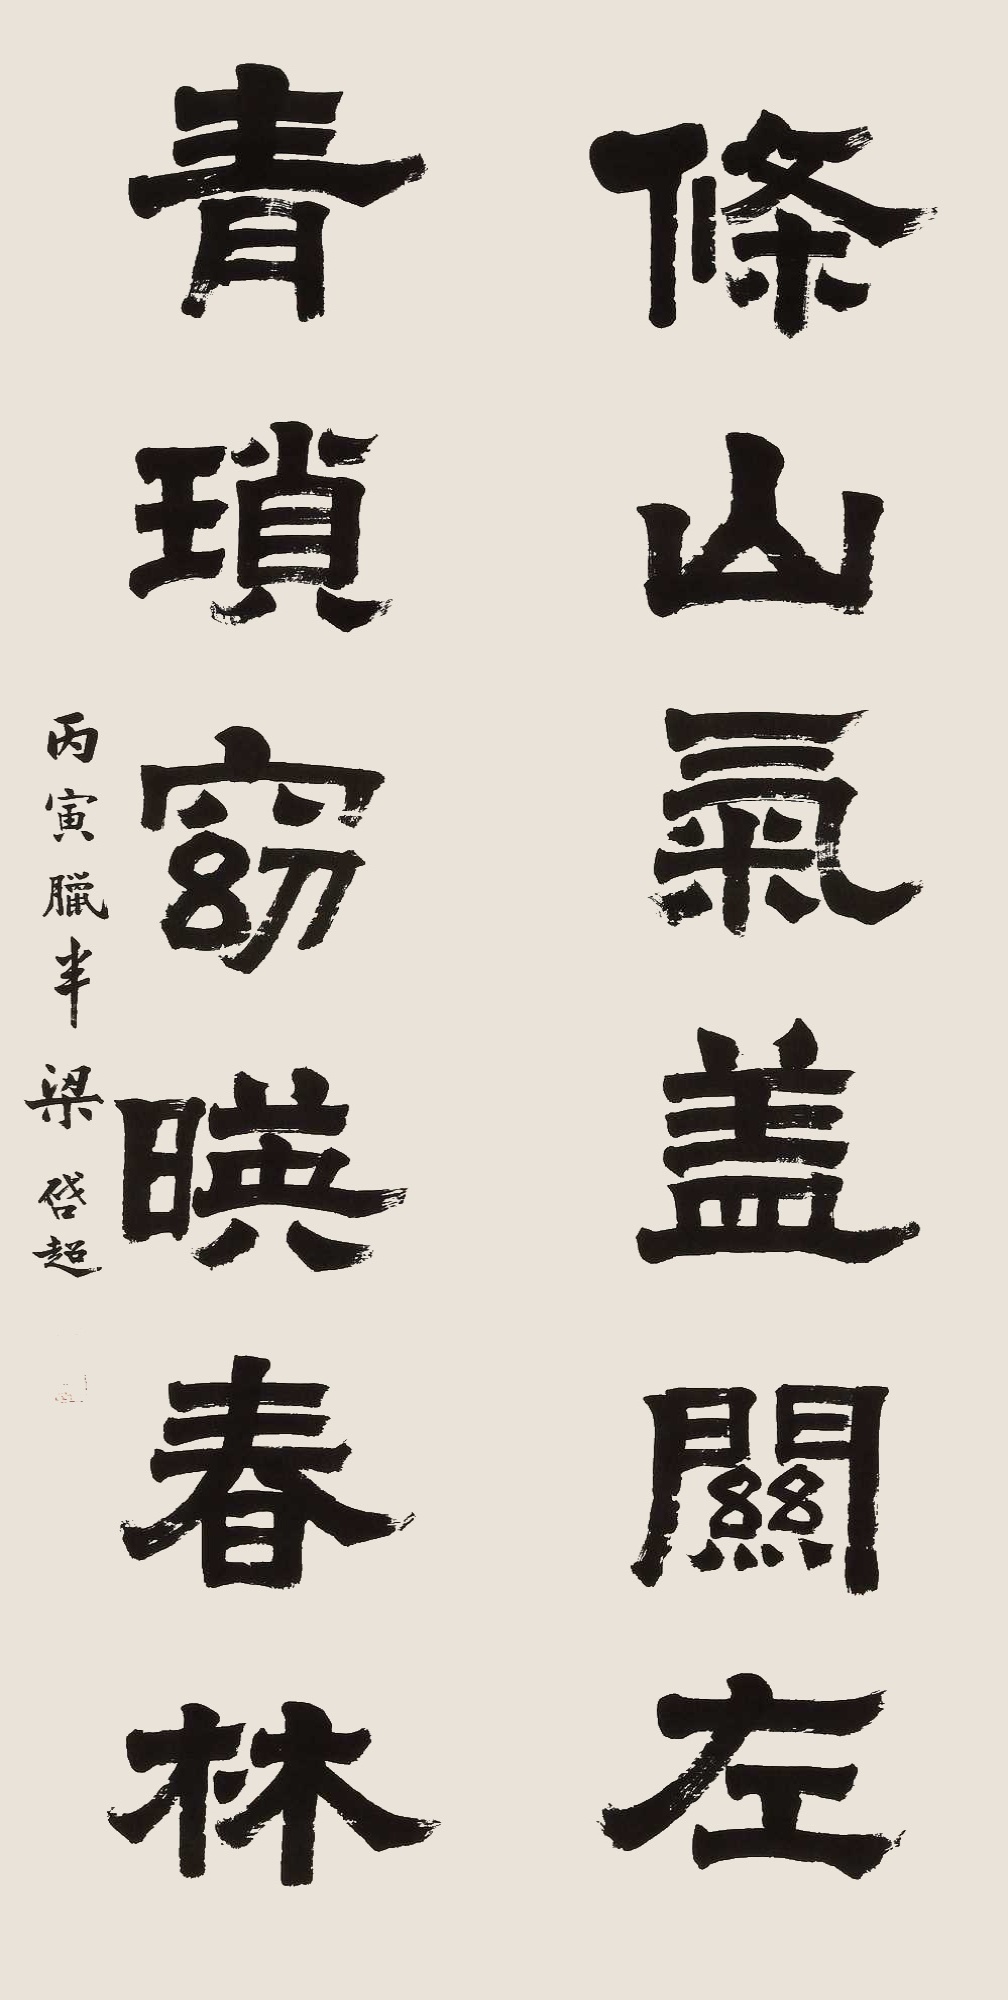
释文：条山气盖关左，青锁窃暎春林。丙寅腊半梁启超。